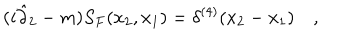
LaTeX: ( i \hat { \partial } _ { 2 } - m ) S _ { F } ( x _ { 2 } , x _ { 1 } ) = \delta ^ { ( 4 ) } ( x _ { 2 } - x _ { 1 } ) \quad ,